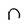
Character: n